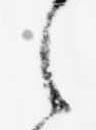
之